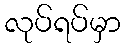
လုပ်ရပ်မှာ